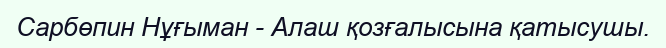
Сарбөпин Нұғыман - Алаш қозғалысына қатысушы.